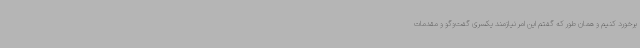
برخورد کنیم و همان طور که گفتم این امر نیازمند یکسری گفت‌وگو و مقدمات